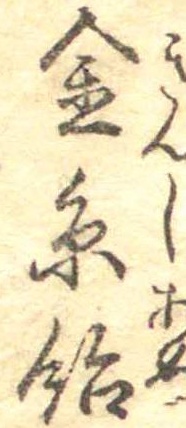
金糸飴